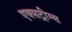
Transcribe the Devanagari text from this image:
एक्सट्रीम्स